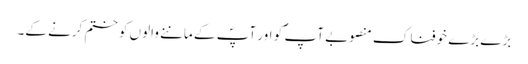
بڑے بڑے خوفناک منصوبے آپ ؐ کو اور آپؐ کے ماننے والوں کو ختم کرنے کے۔